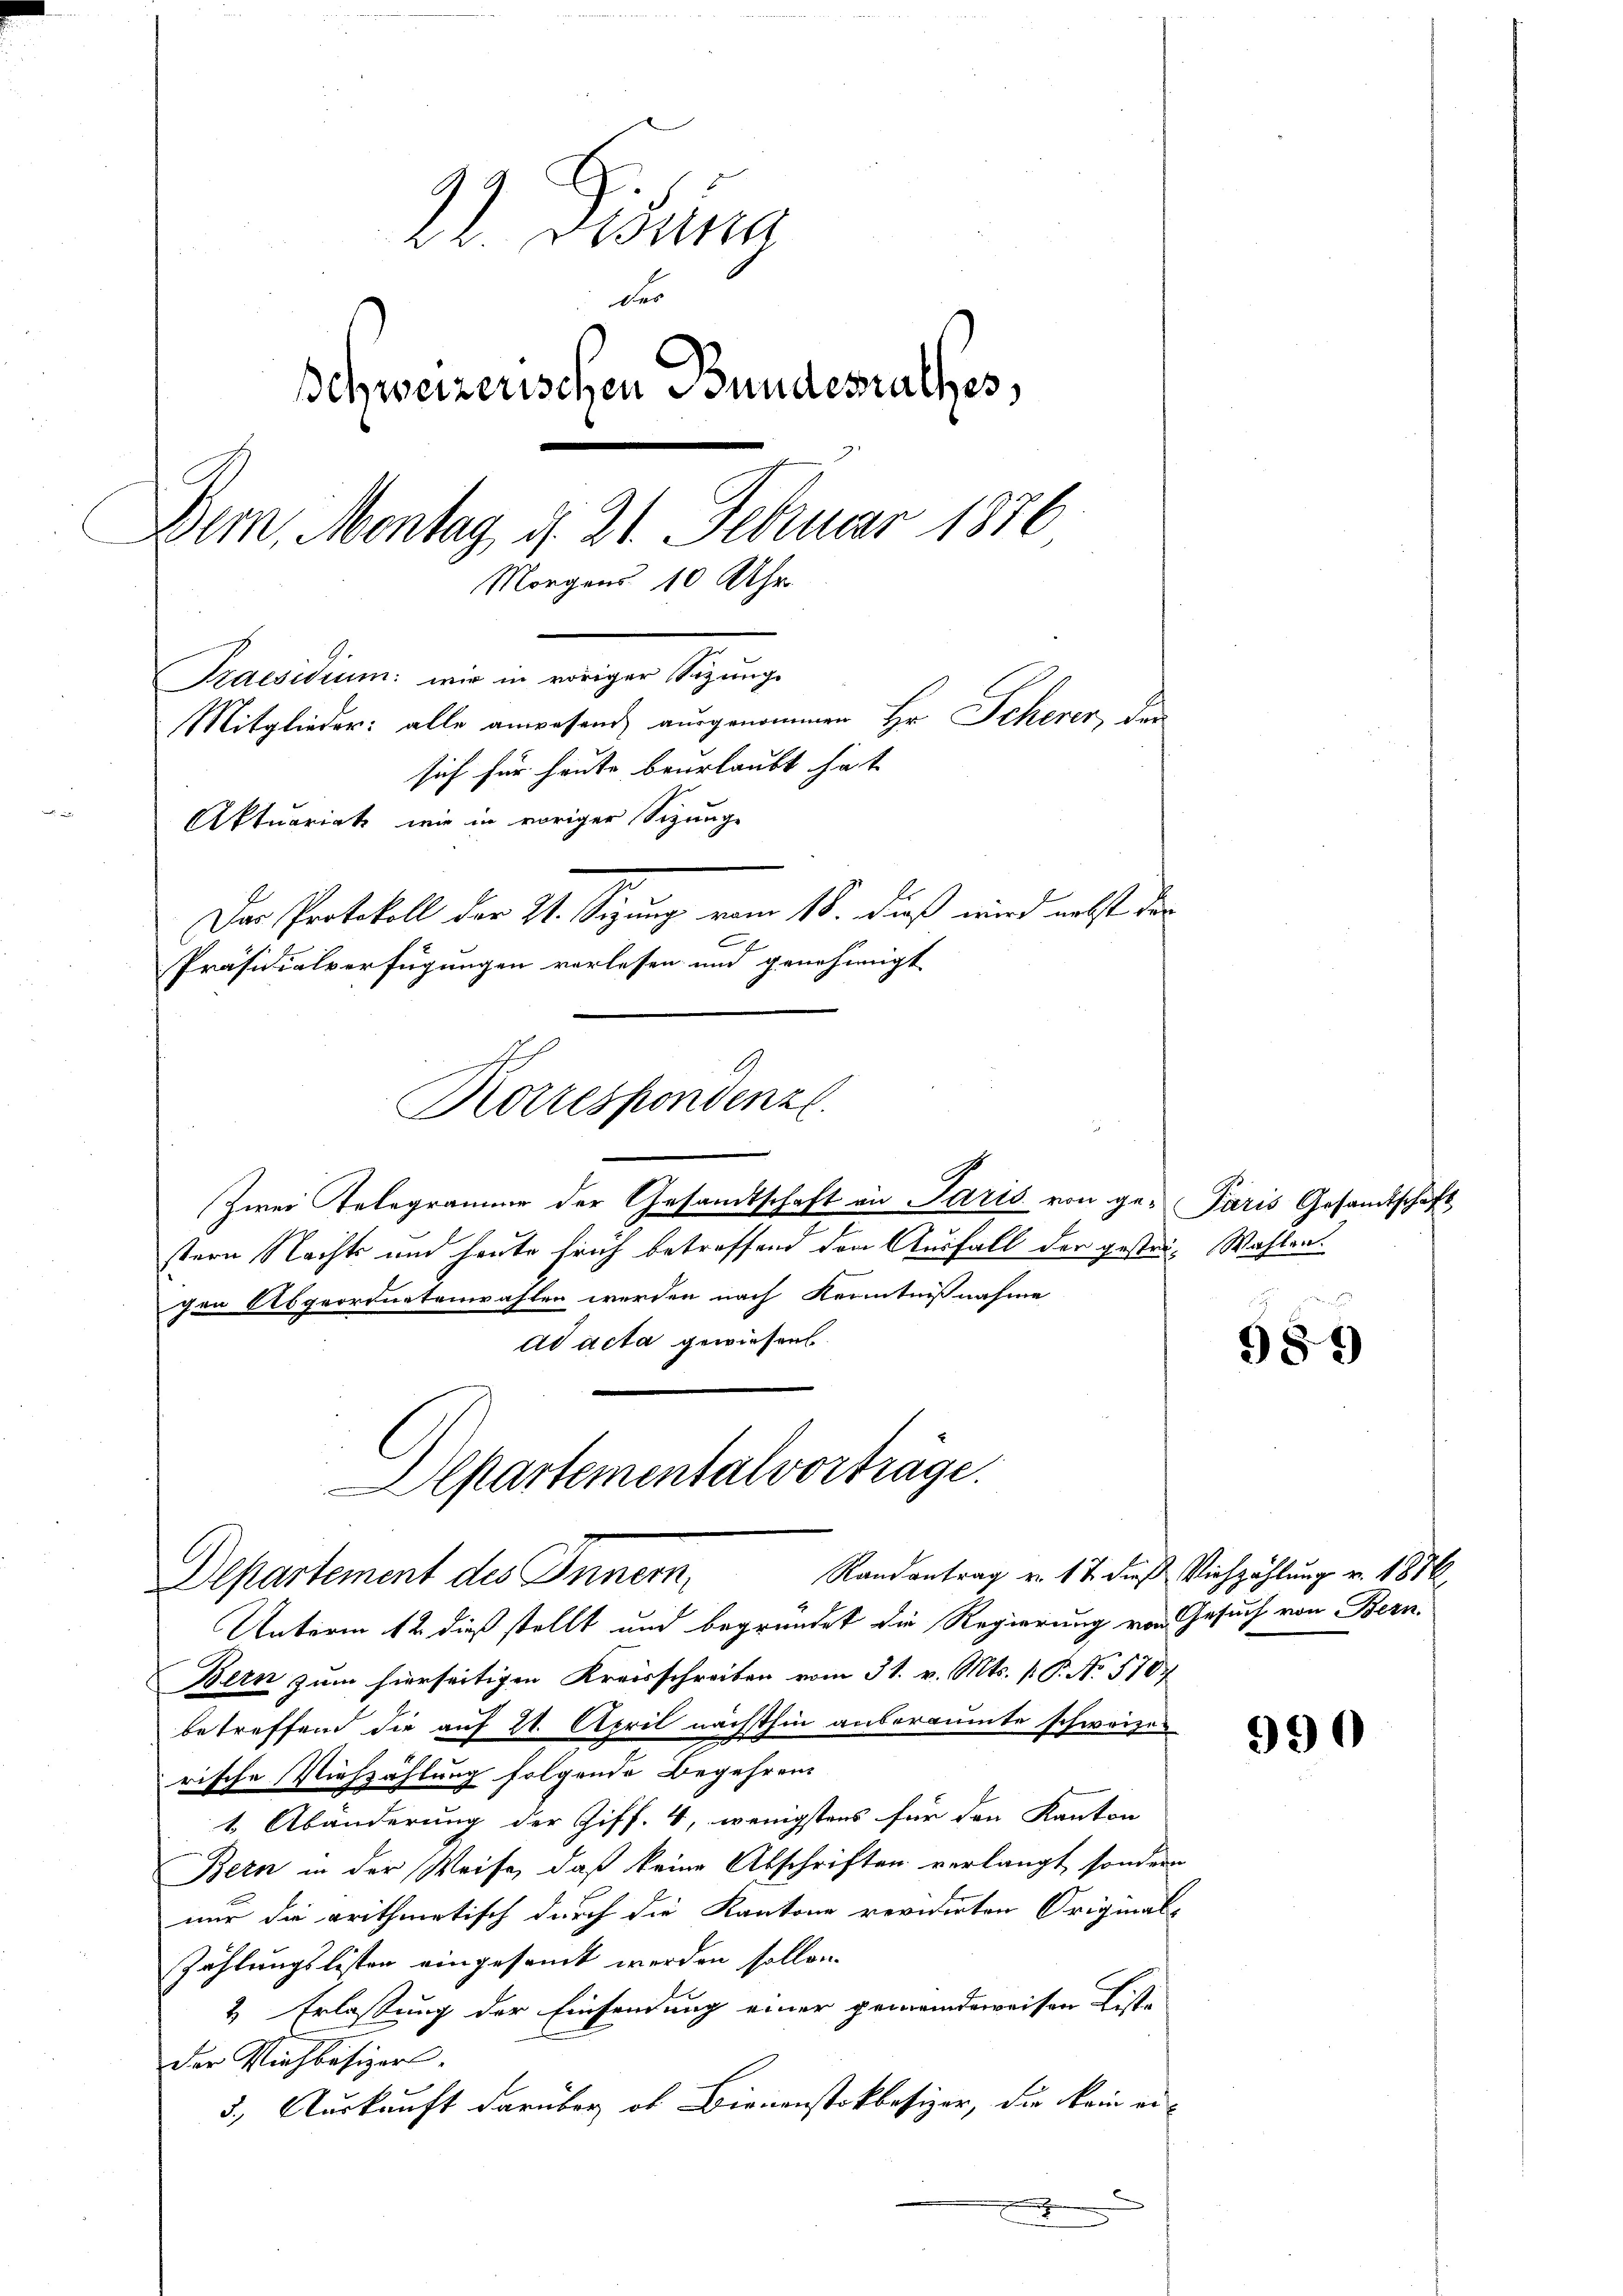
22. Fina
der
schweizerischen Bundesrathes,
Dem, Montag, d. 21. Februar 1876
Morgens 10 Uhr
Praesidium: wir in voriger Sizunge
Mitglieder: alle anwesend ausgenommen Hr. Scherer, den
sich für heute beurlaubt hat
Aktuariat wir in voriger Sizunge
Der Protokoll der II. Segung vom 18. dieß wird nebst der
Präsidialverfügungen verlesen und genehmigt

Zwei Telegramme der Gesamtschaft an Paris von ge- Paris Gesandtschaft
stern Nachts und heute früh betreffend den Ausfall der gestei- Wahlen.
gen Abgeordnetenwahlen werden nach Kenntnißnahme
ad acta gewiesen.
Unterm 12. dieß stellt und begründet die Regierung von Gesuch von Bern.
Bern zum hierseitigen Kreisschreiben vom 31. v. Mts. P.P. No. 5107
betreffend die auf 21. April nächsthin anberaumte schweizirische Viehzählung folgende Begehren
1 Abänderung der Ziff. 4, wenigstens für den Kanton
Bern in der Weise, daß keine Abschriften verlangt, sondern
nur die arithmetisch durch die Kantone revidirten Original-
Zählungslisten eingesamt werden sollen.
2 Erlassung der Einsendung einer gemeindeweisen Liste
Der Viehbesizer.
5., Auskunft darüber ob Bienenstikbesizer, die kein ei-
.

Korrespondenz

Alpartementalvorträge.
Departement des Innern,

Randantrag v. 17. dieβ Viehzahlŭng v. 1876

989

990